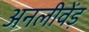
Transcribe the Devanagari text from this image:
अनलीवेंड़